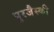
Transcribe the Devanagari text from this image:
पुरजैस्की